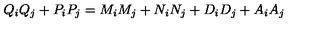
Q _ { i } Q _ { j } + P _ { i } P _ { j } = M _ { i } M _ { j } + N _ { i } N _ { j } + D _ { i } D _ { j } + A _ { i } A _ { j }